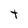
Character: t